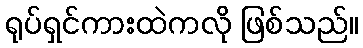
ရုပ်ရှင်ကားထဲကလို ဖြစ်သည်။